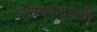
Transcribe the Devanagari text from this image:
वचनबद्धतेची